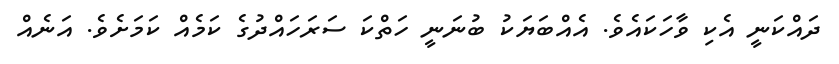
ދައްކަނީ އެކި ވާހަކައެވެ. އެއްބަޔަކު ބުނަނީ ހަތްކަ ސަރަހައްދުގެ ކަމެއް ކަމަށެވެ. އަނެއް